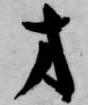
才